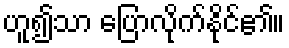
ဟူ၍သာ ပြောလိုက်နိုင်၏။